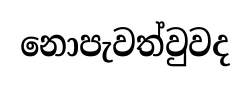
නොපැවත්වුවද